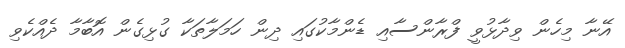
އޭނާ މިހެން ވިދާޅުވީ ފްރާންސާއި ޑެންމާކުގައި ދިން ހަމަލާތަކާ ގުޅިގެން އޮބާމާ ދެއްކެވި